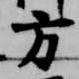
方